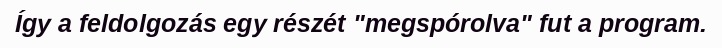
Így a feldolgozás egy részét "megspórolva" fut a program.